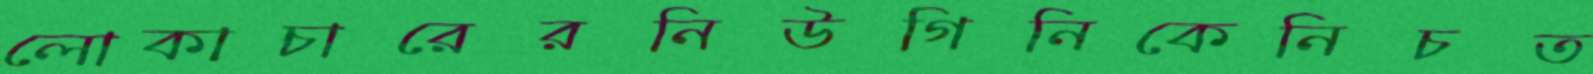
লোকাচারেরনিউগিনিকেনিচত